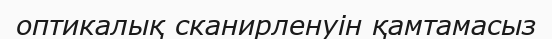
оптикалық сканирленуін қамтамасыз